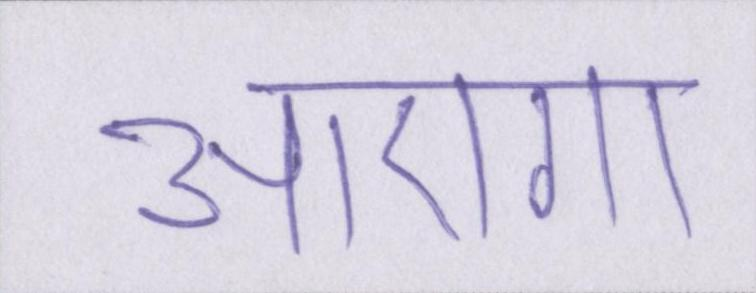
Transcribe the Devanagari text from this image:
आएगा